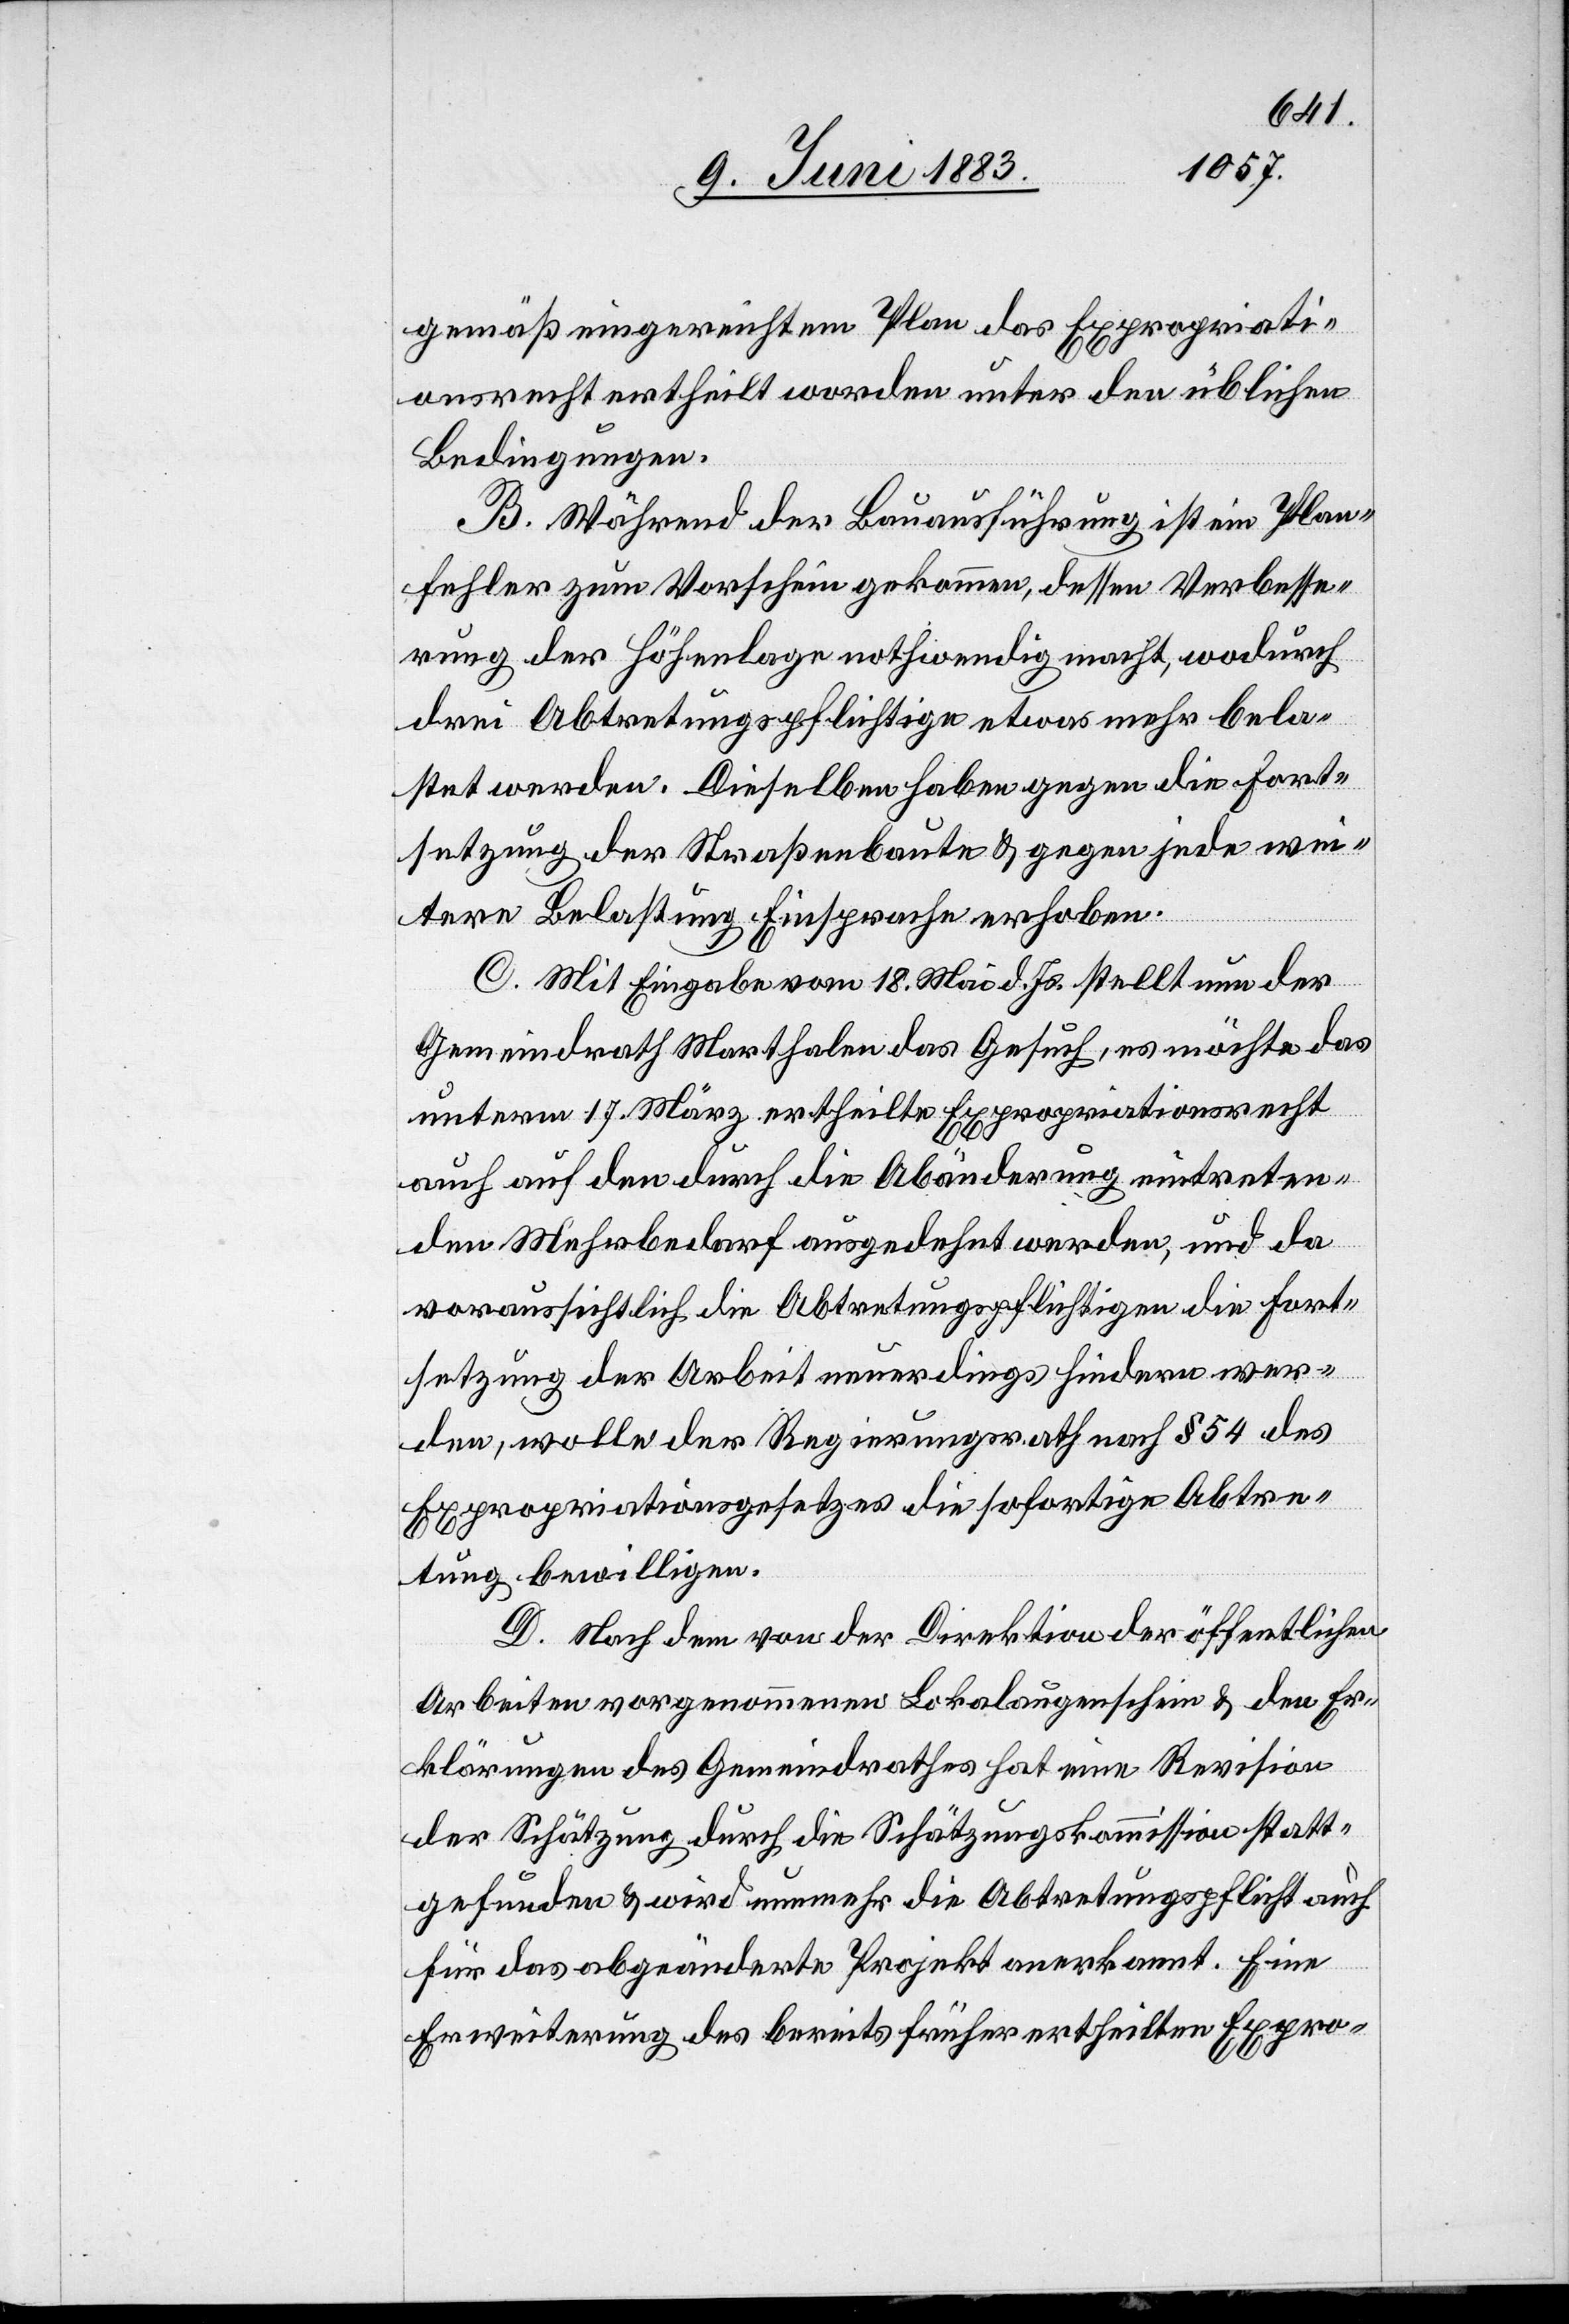
gemäß eingereichtem Plan das Exporpriati¬
onsrecht ertheilt worden unter den üblichen
Bedingungen.
B. Während der Bauausführung ist ein Plan¬
fehler zum Vorschein gekommen, dessen Verbesse¬
rung der Höhenlage nothwendig macht, wodurch
drei Abtretungspflichtige etwas mehr bela¬
stet werden. Dieselben haben gegen die Fort¬
setzung der Straßenbaute & gegen jede wei¬
tere Belastung Einsprache erhoben.
C. Mit Eingabe vom 18. Mai d. Js. stellt nun der
Gemeindrath Marthalen das Gesuch, es möchte das
unterm 17. März ertheilte Expropriationsrecht
auch auf den durch den Abänderung eintreten¬
den Mehrbedarf ausgedehnt werden, und da
voraussichtlich die Abtretungspflichtigen die Fort¬
setzung der Arbeit neuerdings hindern wer¬
den, wolle der Regierungsrath nach § 54 des
Expropriationsgesetzes die sofortige Abtre¬
tung bewilligen.
D. Nach dem von der Direktion der öffentlichen
Arbeiten vorgenommenen Lokalaugenschein & den Er¬
klärungen des Gemeindrathes hat eine Revision
der Schätzung durch die Schätzungskommission statt¬
gefunden & wird nunmehr die Abtretungspflicht auch
für das abgeänderte Projekt anerkannt. Eine
Erweiterung des bereits früher ertheilten Expro-